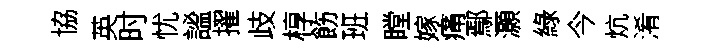
協英时忧謐擢歧椁飭班瞠嫁痛鄢灝綠今炕淆